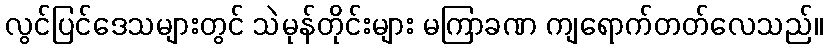
လွင်ပြင်ဒေသများတွင် သဲမုန်တိုင်းများ မကြာခဏ ကျရောက်တတ်လေသည်။